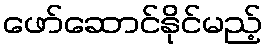
ဖော်ဆောင်နိုင်မည့်